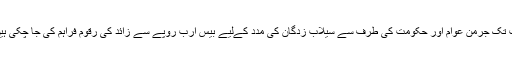
اب تک جرمن عوام اور حکومت کی طرف سے سیلاب زدگان کی مدد کےلیے بیس ارب روپے سے زائد کی رقوم فراہم کی جا چکی ہیں۔